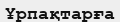
Ұрпақтарға